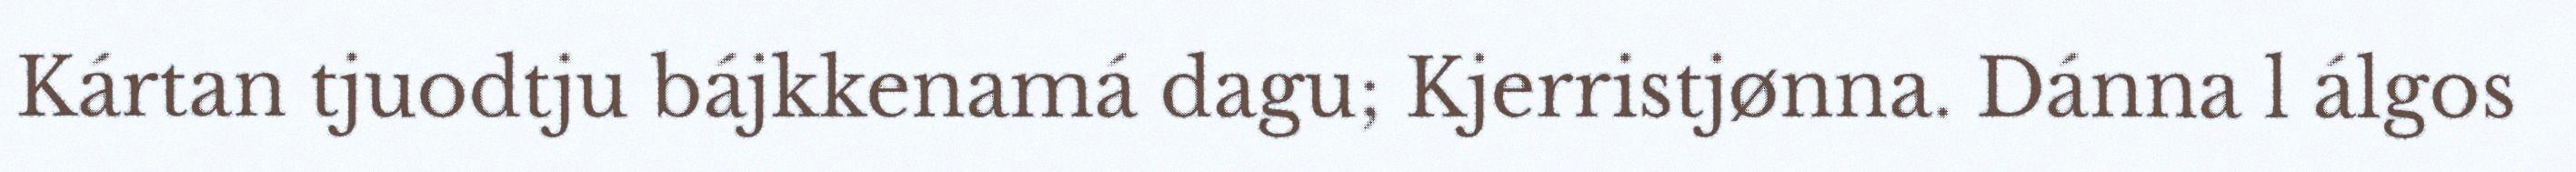
Kártan tjuodtju bájkkenamá dagu; Kjerristjønna. Dánna l álgos